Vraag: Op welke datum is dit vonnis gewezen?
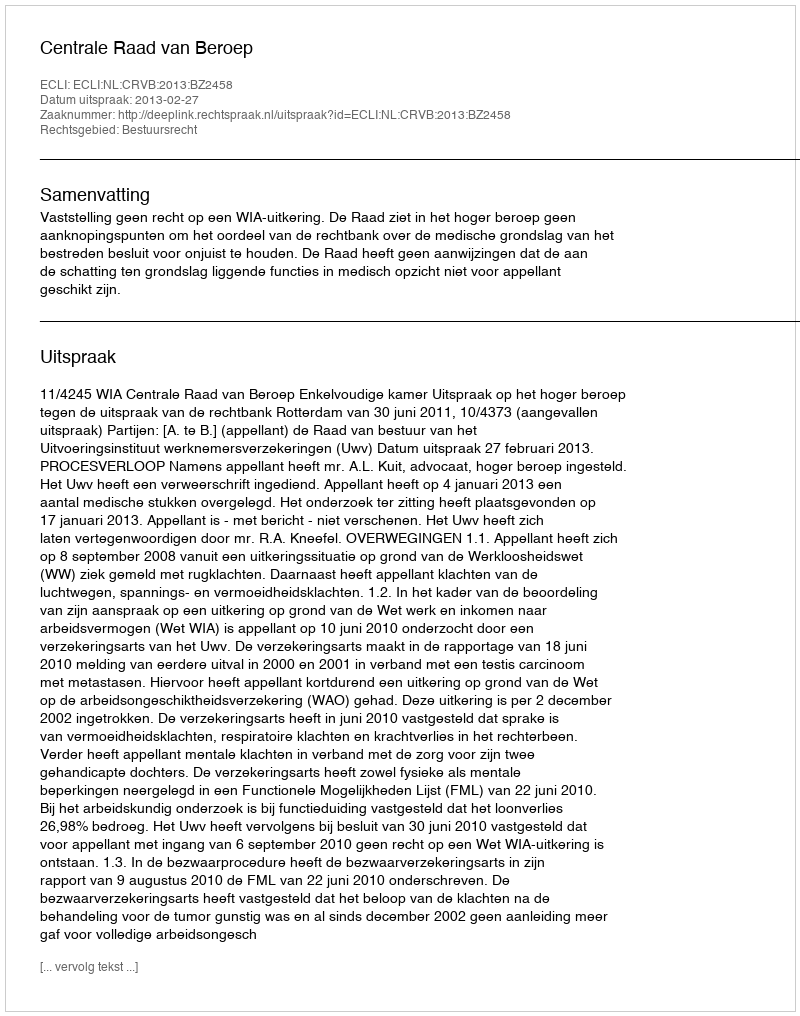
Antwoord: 2013-02-27